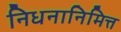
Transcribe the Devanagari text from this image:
निधनानिमित्त